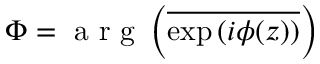
\Phi = \mathrm { ~ a ~ r ~ g ~ } \left( \overline { { \exp { ( i \phi ( z ) ) } } } \right)